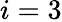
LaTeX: i=3